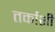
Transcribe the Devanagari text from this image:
तर्काशी